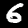
Digit: 6